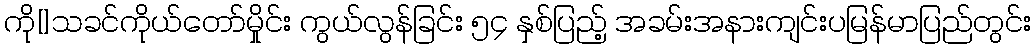
ကို[]သခင်ကိုယ်တော်မှိုင်း ကွယ်လွန်ခြင်း ၅၄ နှစ်ပြည့် အခမ်းအနားကျင်းပမြန်မာပြည်တွင်း